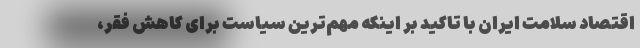
اقتصاد سلامت ایران با تاکید بر اینکه مهم‌ترین سیاست برای کاهش فقر،